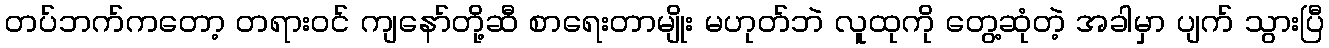
တပ်ဘက်ကတော့ တရားဝင် ကျနော်တို့ဆီ စာရေးတာမျိုး မဟုတ်ဘဲ လူထုကို တွေ့ဆုံတဲ့ အခါမှာ ပျက် သွားပြီ